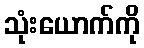
သုံးယောက်ကို